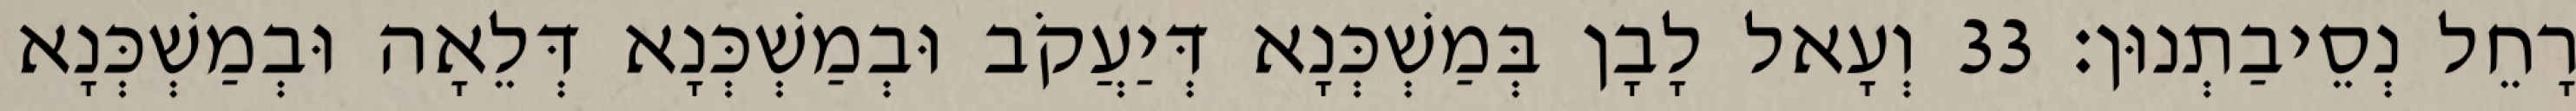
רָחֵל נְסֵיבַתְנוּן׃ 33 וְעָאל לָבָן בְּמַשְׁכְּנָא דְּיַעֲקֹב וּבְמַשְׁכְּנָא דְּלֵאָה וּבְמַשְׁכְּנָא